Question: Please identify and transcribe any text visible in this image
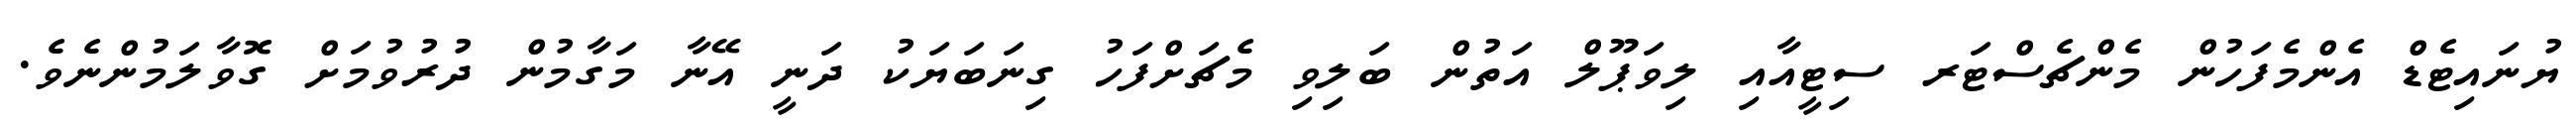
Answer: ޔުނައިޓެޑް އެންމެފަހުން މެންޗެސްޓަރ ސިޓީއާއި ލިވަޕޫލް އަތުން ބަލިވި މެޗަށްފަހު ގިނަބަޔަކު ދަނީ އޭނާ މަގާމުން ދުރުވުމަށް ގޮވާލަމުންނެވެ.